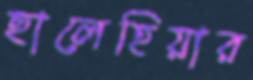
ছালেহিয়ার